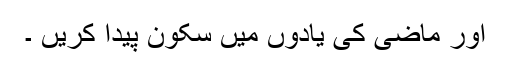
اور ماضی کی یادوں میں سکون پیدا کریں ۔